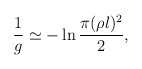
\begin{align*}\frac{1}{g}\simeq -\ln \frac{\pi(\rho l)^2}{2} ,\end{align*}